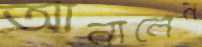
আনালেন